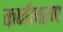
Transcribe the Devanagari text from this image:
कर्णभरण